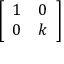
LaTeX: \left[ \begin{array} { l l } { 1 } & { 0 } \\ { 0 } & { k } \end{array} \right]